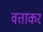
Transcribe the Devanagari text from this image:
वताकर